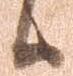
日